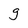
Character: g